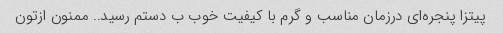
پیتزا پنجره‌ای درزمان مناسب و گرم با کیفیت خوب ب دستم رسید.. ممنون ازتون